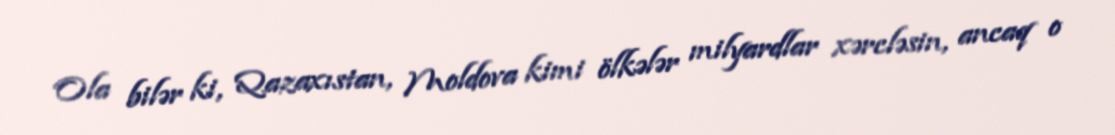
Ola bilər ki, Qazaxıstan, Moldova kimi ölkələr milyardlar xərcləsin, ancaq o